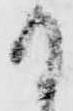
て